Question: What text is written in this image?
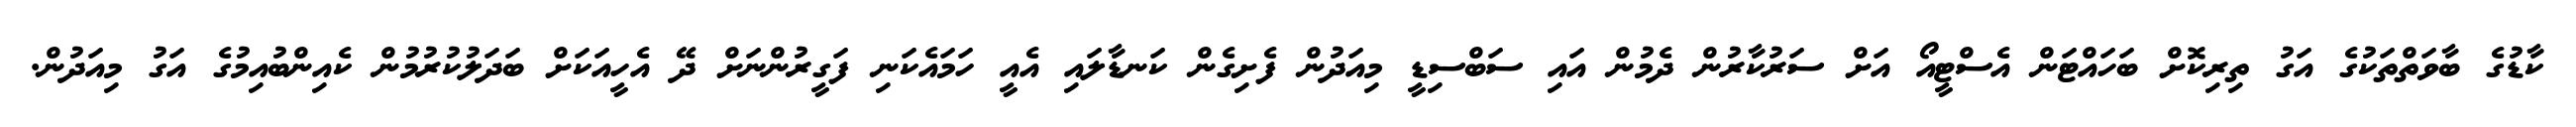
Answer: ކާޑުގެ ބާވަތްތަކުގެ އަގު ތިރިކޮށް ބަހައްޓަން އެސްޓީއޯ އަށް ސަރުކާރުން ދެމުން އައި ސަބްސިޑީ މިއަދުން ފެށިގެން ކަނޑާލައި އެއީ ހަމައެކަނި ފަގީރުންނަށް ދޭ އެހީއަކަށް ބަދަލުކުރުމުން ކެއިންބުއިމުގެ އަގު މިއަދުން.